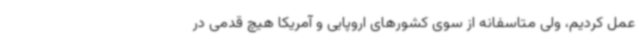
عمل کردیم، ولی متاسفانه از سوی کشورهای اروپایی و آمریکا هیچ قدمی در